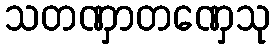
သတဏှာတဏှေသု